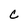
Character: c